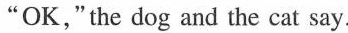
"OK,"the dog and the cat say.